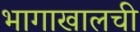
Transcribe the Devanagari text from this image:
भागाखालची